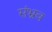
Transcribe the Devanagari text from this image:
संभ्रव